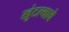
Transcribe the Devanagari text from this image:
खुंटल्याचे